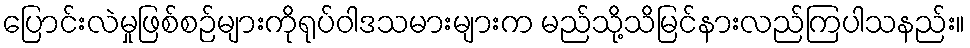
ပြောင်းလဲမှုဖြစ်စဉ်များကိုရုပ်ဝါဒသမားများက မည်သို့သိမြင်နားလည်ကြပါသနည်း။